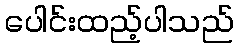
ပေါင်းထည့်ပါသည်